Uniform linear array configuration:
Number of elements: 4
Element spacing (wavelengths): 0.25
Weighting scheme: blackman
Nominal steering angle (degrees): -15
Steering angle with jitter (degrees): -15.199
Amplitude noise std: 0.05
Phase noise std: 0.05

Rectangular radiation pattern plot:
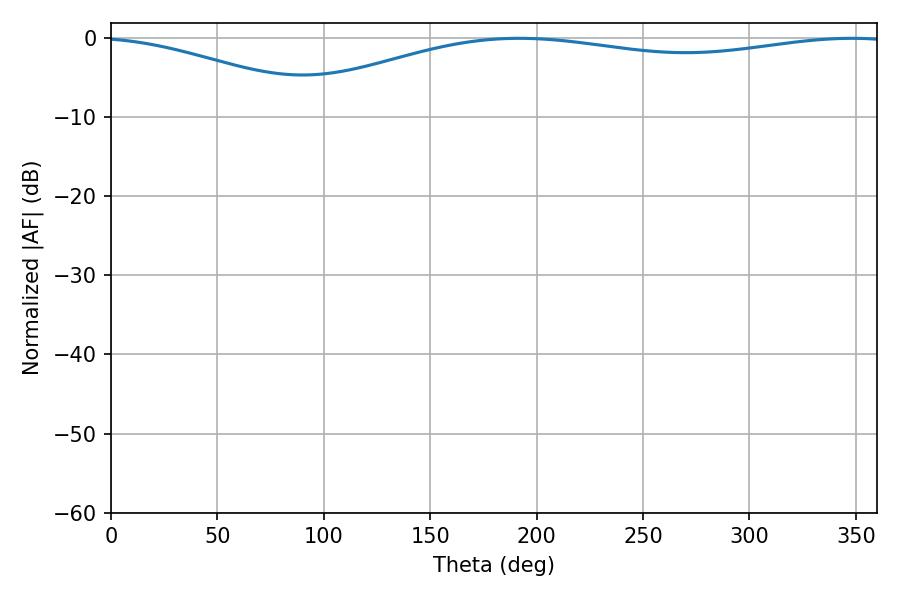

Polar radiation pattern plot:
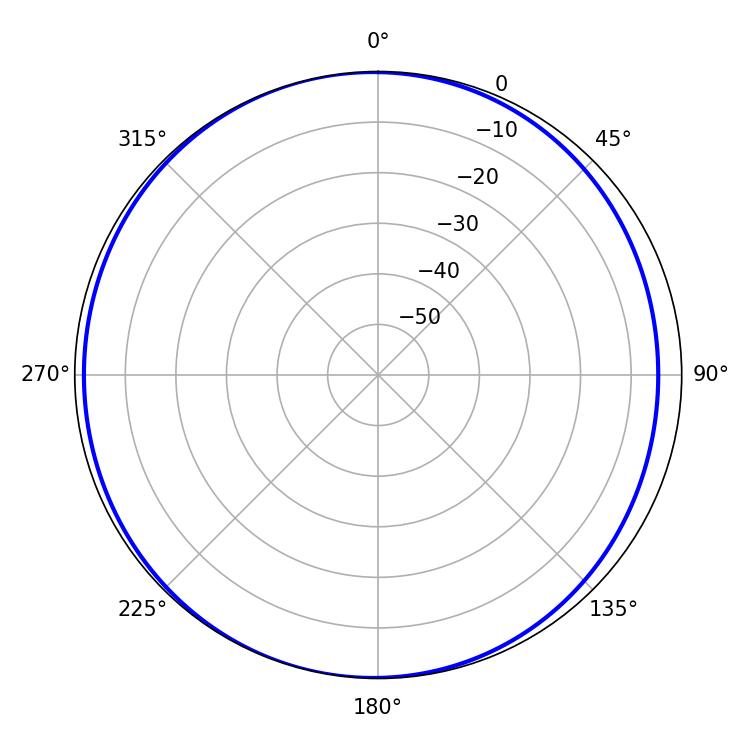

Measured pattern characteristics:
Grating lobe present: FALSE
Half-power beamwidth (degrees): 232.74
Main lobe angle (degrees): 191.7